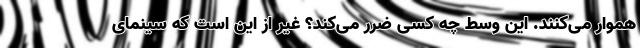
هموار می‌کنند. این وسط چه کسی ضرر می‌کند؟ غیر از این است که سینمای